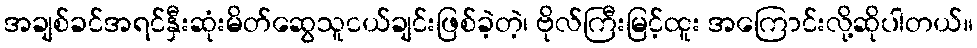
အချစ်ခင်အရင်နှီးဆုံးမိတ်ဆွေသူငယ်ချင်းဖြစ်ခဲ့တဲ့၊ ဗိုလ်ကြီးမြင့်ထူး အကြောင်းလို့ဆိုပါတယ်။